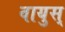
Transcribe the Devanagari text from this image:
वायुस्